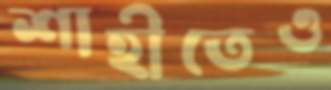
শাহীতেও